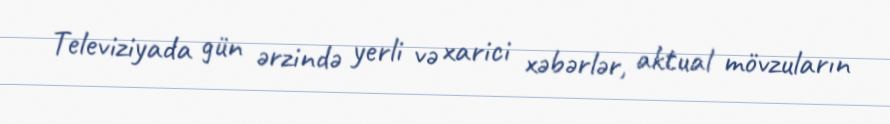
Televiziyada gün ərzində yerli və xarici xəbərlər, aktual mövzuların